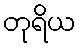
တုရိယ